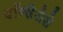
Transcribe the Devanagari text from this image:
पॉन्डेरोसे